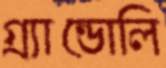
গ্র্যান্ডোলি